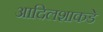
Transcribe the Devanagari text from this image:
आदिलशाकडे